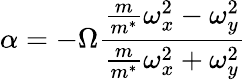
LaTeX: \alpha=-\Omega\frac{\frac{m}{m^{*}}\omega_{x}^{2}-\omega_{y}^{2}}{\frac{m}{m^{*}}\omega_{x}^{2}+\omega_{y}^{2}}